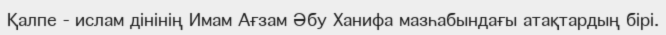
Қалпе - ислам дінінің Имам Ағзам Әбу Ханифа мазһабындағы атақтардың бірі.